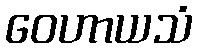
ဝေဟာယသံ